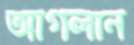
আগলান